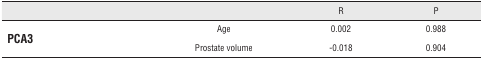
<table><thead><tr><td></td><td></td><td><b>R</b></td><td><b>P</b></td></tr></thead><tbody><tr><td rowspan="2"><b>PCA3</b></td><td>Age</td><td>0.002</td><td>0.988</td></tr><tr><td>Prostate volume</td><td>-0.018</td><td>0.904</td></tr></tbody></table>